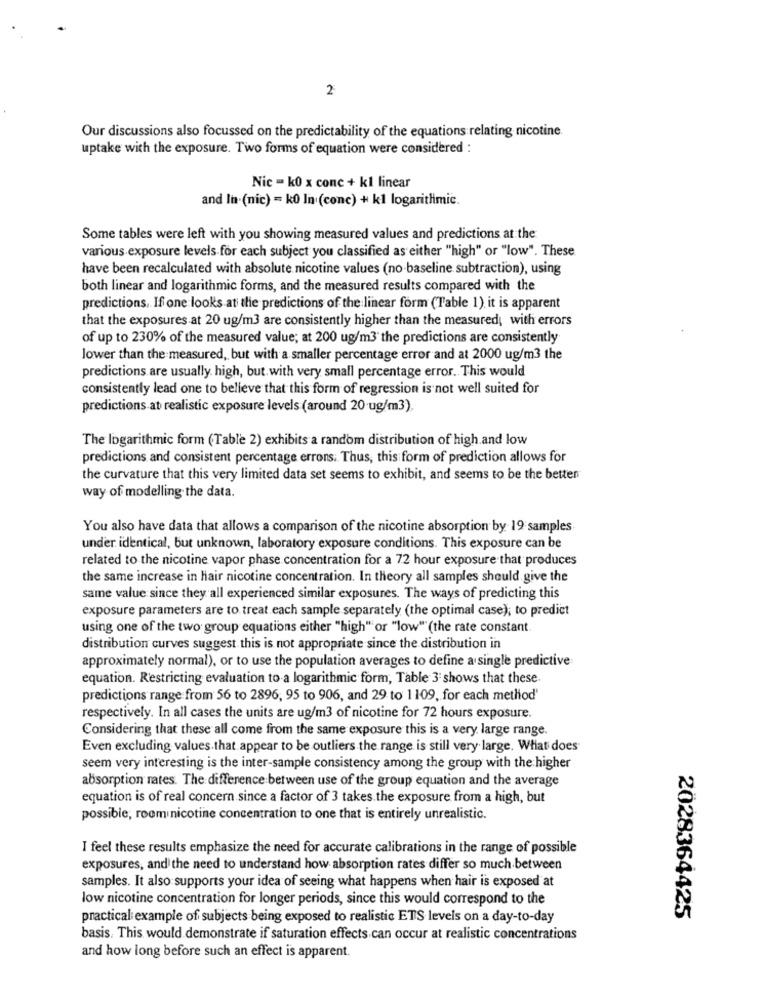
2
Our discussions also focussed on the predictability of the equations relating nicotine
uptake with the exposure. Two forms of equation were considered :
Nic - k0 x conc + kl linear
and In·(nic) = k0 In (conc) + k1 logarithmic.
Some tables were left with you showing measured values and predictions at the
various exposure levels for each subject you classified as either "high" or "low". These
have been recalculated with absolute nicotine values (no-baseline subtraction), using
both linear and logarithmic forms, and the measured results compared with the
predictions, If one looks at the predictions of the linear form (Table 1) it is apparent
that the exposures at 20 ug/m3 are consistently higher than the measured, with errors
of up to 230% of the measured value; at 200 ug/m3 the predictions are consistently
lower than the measured, but with a smaller percentage error and at 2000 ug/m3 the
predictions are usually. high, but with very small percentage error. This would
consistently lead one to believe that this form of regression is not well suited for
predictions at realistic exposure levels (around 20 ug/m3).
The logarithmic form (Table 2) exhibits a random distribution of high and low
predictions and consistent percentage errors. Thus, this form of prediction allows for
the curvature that this very limited data set seems to exhibit, and seems to be the betten
way of modelling the data.
You also have data that allows a comparison of the nicotine absorption by 19 samples
under identical, but unknown, laboratory exposure conditions. This exposure can be
related to the nicotine vapor phase concentration for a 72 hour exposure that produces
the same increase in hair nicotine concentration. In theory all samples should give the
same value since they all experienced similar exposures. The ways of predicting this
exposure parameters are to treat each sample separately (the optimal case); to predict
using one of the two group equations either "high" or "low" (the rate constant
distribution curves suggest this is not appropriate since the distribution in
approximately normal), or to use the population averages to define a single predictive
equation. Restricting evaluation to a logarithmic form, Table 3 shows that these
predictions range from 56 to 2896, 95 to 906, and 29 to 1109, for each method'
respectively. In all cases the units are ug/m3 of nicotine for 72 hours exposure.
Considering that these all come from the same exposure this is a very large range.
Even excluding values that appear to be outliers the range is still very large. What does
seem very interesting is the inter-sample consistency among the group with the higher
absorption rates. The difference between use of the group equation and the average
equation is of real concern since a factor of 3 takes the exposure from a high, but
possible, room nicotine concentration to one that is entirely unrealistic.
I feel these results emphasize the need for accurate calibrations in the range of possible
exposures, and the need to understand how absorption rates differ so much between
samples. It also supports your idea of seeing what happens when hair is exposed at
low nicotine concentration for longer periods, since this would correspond to the
practical example of subjects being exposed to realistic ETS levels on a day-to-day
2028364425
basis. This would demonstrate if saturation effects can occur at realistic concentrations
and how long before such an effect is apparent.